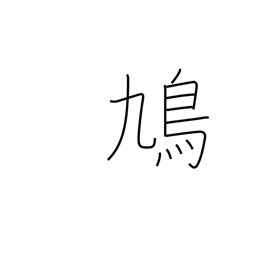
Meaning: dove